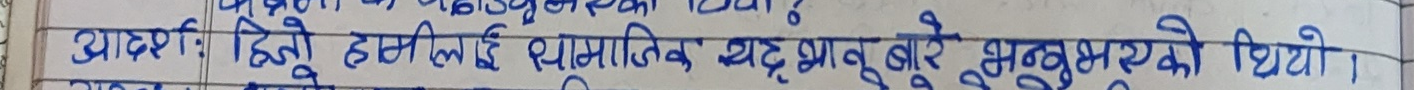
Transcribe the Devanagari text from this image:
आदर्श: हिजो हामीलाई सामाजिक सद्भावबारे अनुभव भएको थियो।